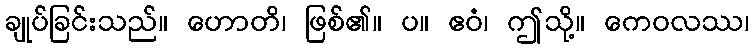
ချုပ်ခြင်းသည်။ ဟောတိ၊ ဖြစ်၏။ ပ။ ဧဝံ၊ ဤသို့။ ကေဝလဿ၊